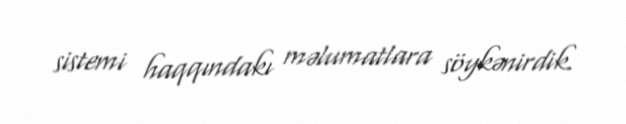
sistemi haqqındakı məlumatlara söykənirdik.